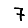
Digit: 7